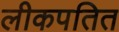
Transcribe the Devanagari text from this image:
लीकपतित